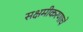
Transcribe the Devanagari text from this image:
सक्षमीकरणाचे